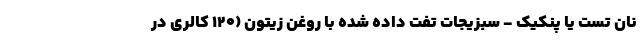
نان تست یا پنکیک - سبزیجات تفت داده شده با روغن زیتون (120 کالری در